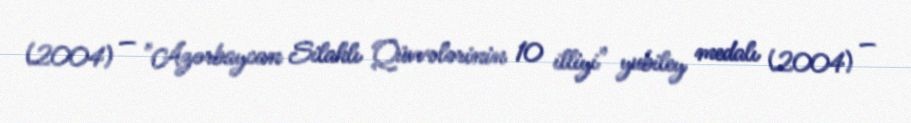
(2004) — "Azərbaycan Silahlı Qüvvələrinin 10 illiyi" yubiley medalı (2004) —